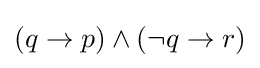
(q\to p)\land (\neg q\to r)